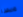
مريضنا